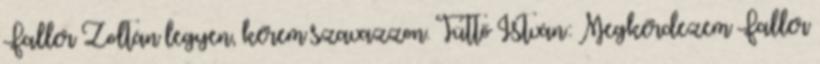
Faller Zoltán legyen, kérem szavazzon. Tüttő István: Megkérdezem Faller